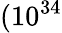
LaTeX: (10^{34}